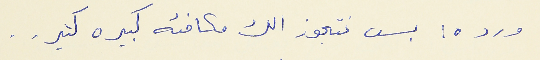
ورده : بس نتجوز الك مكافئه كبيره كتير . .